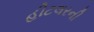
હીટલરની